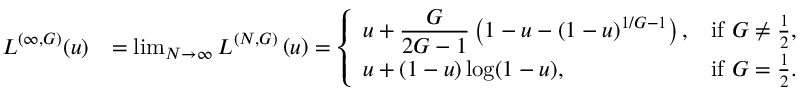
\begin{array} { r l } { L ^ { ( \infty , G ) } ( u ) } & { = \operatorname* { l i m } _ { N \to \infty } L ^ { ( N , G ) } \left( u \right) = \left\{ \begin{array} { l l } { \displaystyle u + \frac { G } { 2 G - 1 } \left( 1 - u - ( 1 - u ) ^ { 1 / G - 1 } \right) , } & { \mathrm { i f ~ } G \neq \frac { 1 } { 2 } , } \\ { \displaystyle u + ( 1 - u ) \log ( 1 - u ) , } & { \mathrm { i f ~ } G = \frac { 1 } { 2 } . } \end{array} \right. } \end{array}